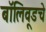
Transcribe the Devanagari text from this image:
बॉलिवूडचे